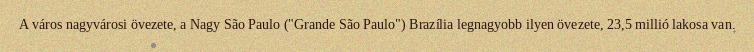
A város nagyvárosi övezete, a Nagy São Paulo ("Grande São Paulo") Brazília legnagyobb ilyen övezete, 23,5 millió lakosa van.